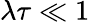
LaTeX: \lambda\tau\ll 1